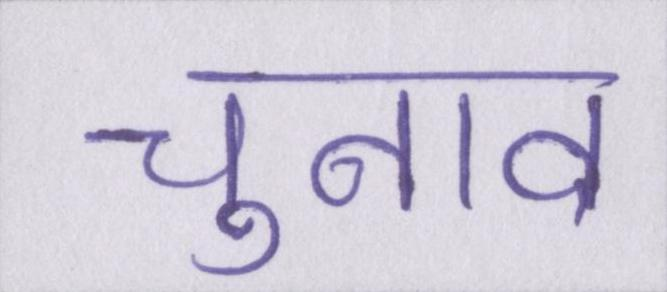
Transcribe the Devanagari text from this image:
चुनाव